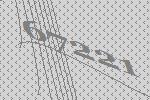
67221